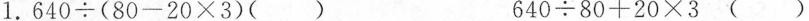
1. $$6 4 0 \div ( 8 0 - 2 0 \times 3 )$$( ) $$6 4 0 \div 8 0 + 2 0 \times 3$$(